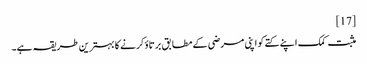
[17]
مثبت کمک اپنے کتے کو اپنی مرضی کے مطابق برتاؤ کرنے کا بہترین طریقہ ہے۔